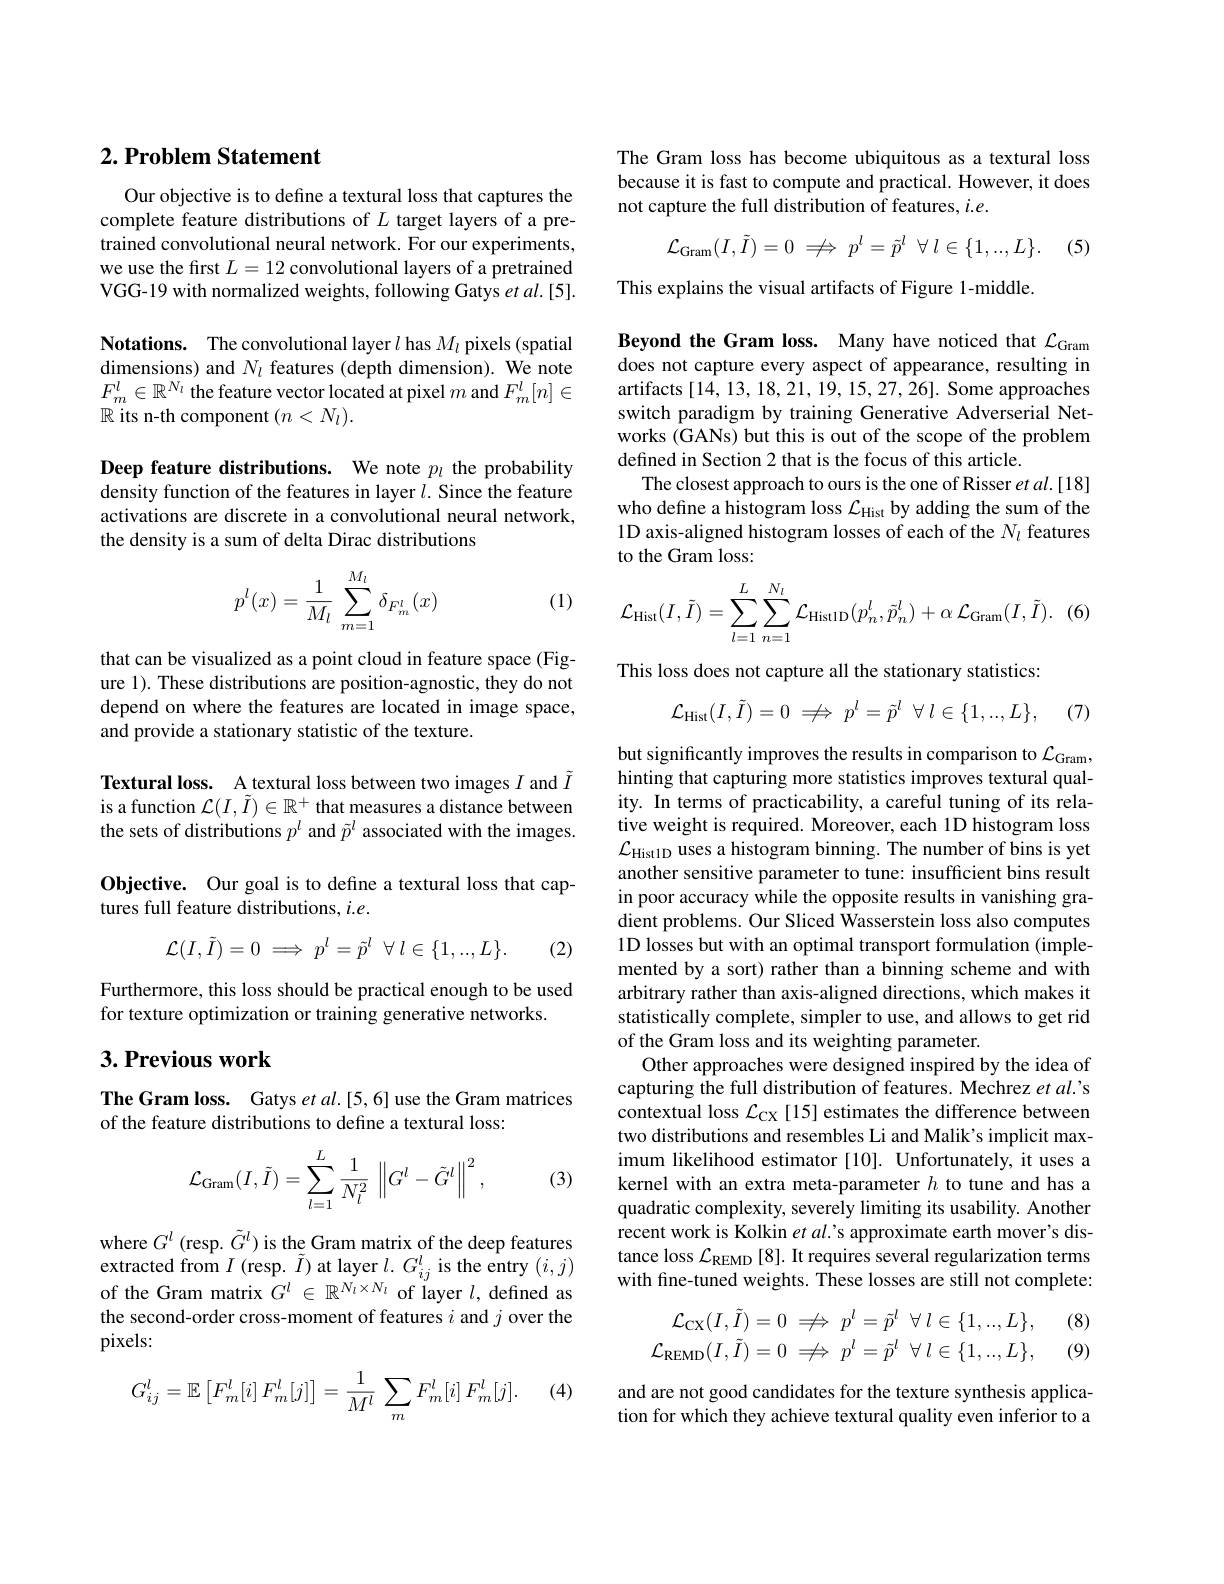
## $2. \textbf{ Problem Statement}$

Our objective is to define a textural loss that captures the complete feature distributions of $L$ target layers of a pretrained convolutional neural network. For our experiments, we use the first $L=12$ convolutional layers of a pretrained VGG-19 with normalized weights, following Gatys $et$ $al. [ 5] .$

Notations. The convolutional layer $l$ has $M_l$ pixels (spatial dimensions) and $N_l$ features (depth dimension). We note $F_{m}^{l}\in\mathbb{R}^{N_{l}}$ the feature vector located at pixel $m$ and $F_m^l[n]\in$ $\mathbb{R}$ its n-th component $(n<N_l).$

Deep feature distributions. We note $p_l$ the probability density function of the features in layer $l.$ Since the feature activations are discrete in a convolutional neural network, the density is a sum of delta Dirac distributions
$$p^l(x)=\frac{1}{M_l}\sum_{m=1}^{M_l}\delta_{F_m^l}(x)$$
(1)

that can be visualized as a point cloud in feature space (Figure 1). These distributions are position-agnostic, they do not depend on where the features are located in image space, and provide a stationary statistic of the texture.

Textural loss. A textural loss between two images $I$ and $\tilde{I}$ is a function $\mathcal{L}(I,\tilde{I})\in\mathbb{R}^+$ that measures a distance between the sets of distributions $p^l$ and $\tilde{p}^l$ associated with the images. Objective. Our goal is to define a textural loss that captures full feature distributions, $i.e.$
$$\mathcal{L}(I,\tilde{I})=0\implies p^l=\tilde{p}^l\:\forall\:l\in\{1,..,L\}.$$
(2)

Furthermore, this loss should be practical enough to be used
for texture optimization or training generative networks.

## $3. \textbf{Previous work}$

The Gram loss. Gatys et al.[5,6] use the Gram matrices
of the feature distributions to define a textural loss:

(3)
$$\mathcal{L}_{\mathrm{Gram}}(I,\tilde{I})=\sum_{l=1}^{L}\frac{1}{N_{l}^{2}}\:\left\|G^{l}-\tilde{G}^{l}\right\|^{2},$$
where $G^l$ (resp. $\tilde{G}^l)$ is the Gram matrix of the deep features extracted from $I$ (resp. $\tilde{I})$ at layer $l.G_ij^l$ is the entry $(i,j)$ of the Gram matrix $G^l\in\mathbb{R}^{N_l\times N_l}$ of layer $l$, defined as the second-order cross-moment of features $i$ and $j$ over the pixels:

(4)
$$G_{ij}^{l}=\mathbb{E}\left[F_m^{l}[i]\:F_m^{l}[j]\right]=\frac{1}{M^{l}}\:\sum_{m}F_m^{l}[i]\:F_m^{l}[j].$$
The Gram loss has become ubiquitous as a textural loss because it is fast to compute and practical. However, it does not capture the full distribution of features, $i.e.$
$$\mathcal{L}_{\mathrm{Gram}}(I,\tilde{I})=0\:\not\Rightarrow\:p^{l}=\tilde{p}^{l}\:\forall\:l\in\{1,..,L\}.$$
. (5)

This explains the visual artifacts of Figure 1-middle

Beyond the Gram loss. Many have noticed that $\mathcal{L}_\mathrm{Gram}$ does not capture every aspect of appearance, resulting in artifacts [14, 13, 18, 21, 19, 15, 27, 26]. Some approaches switch paradigm by training Generative Adverserial Networks (GANs) but this is out of the scope of the problem defined in Section 2 that is the focus of this article.
The closest approach to ours is the one of Risser et al.[18] who define a histogram loss $\mathcal{L}_\mathrm{Hist}$ by adding the sum of the 1D axis-aligned histogram losses of each of the $N_l$ features to the Gram loss:
$$\mathcal{L}_{\mathrm{Hist}}(I,\tilde{I})=\sum_{l=1}^{L}\sum_{n=1}^{N_{l}}\mathcal{L}_{\mathrm{HistlD}}(p_{n}^{l},\tilde{p}_{n}^{l})+\alpha\:\mathcal{L}_{\mathrm{Gram}}(I,\tilde{I}).$$
This loss does not capture all the stationary statistics:
$$\mathcal{L}_{\mathrm{Hist}}(I,\tilde{I})=0\implies p^{l}=\tilde{p}^{l}\:\forall\:l\in\{1,..,L\},$$
(7)

but significantly improves the results in comparison to $\mathcal{L}_\mathrm{Gram}$, hinting that capturing more statistics improves textural quality. In terms of practicability, a careful tuning of its relative weight is required. Moreover, each 1D histogram loss $\mathcal{L}_{\mathrm{HistlD}}$ uses a histogram binning. The number of bins is yet another sensitive parameter to tune: insufficient bins result in poor accuracy while the opposite results in vanishing gradient problems. Our Sliced Wasserstein loss also computes 1D losses but with an optimal transport formulation (implemented by a sort) rather than a binning scheme and with arbitrary rather than axis-aligned directions, which makes it statistically complete, simpler to use, and allows to get rid of the Gram loss and its weighting parameter
Other approaches were designed inspired by the idea of capturing the full distribution of features. Mechrez et al.'s contextual loss $\mathcal{L}_\mathrm{CX}$ [15] estimates the difference between two distributions and resembles Li and Malik's implicit maximum likelihood estimator [10]. Unfortunately, it uses a kernel with an extra meta-parameter $h$ to tune and has a quadratic complexity, severely limiting its usability. Another recent work is Kolkin et al's approximate earth mover's distance loss $\mathcal{L}_\mathrm{REMD}$ [8]. It requires several regularization terms with fine-tuned weights. These losses are still not complete:
(8)
$$\begin{array}{rcl}\mathcal{L}_{\mathrm{CX}}(I,\tilde{I})=0&\not\Longrightarrow&p^l=\tilde{p}^l\:\forall\:l\in\{1,..,L\},\\\mathcal{L}_{\mathrm{REMD}}(I,\tilde{I})=0&\not\Longrightarrow&p^l=\tilde{p}^l\:\forall\:l\in\{1,..,L\},\end{array}$$
(9)

and are not good candidates for the texture synthesis application for which they achieve textural quality even inferior to a